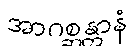
အာဂစ္ဆန္တာနံ